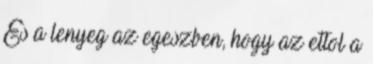
Es a lenyeg az egeszben, hogy az ettol a